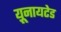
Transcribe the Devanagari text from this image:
य़ूनायटेड